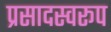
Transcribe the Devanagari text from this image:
प्रसादस्‍वरूप